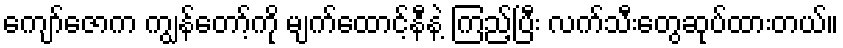
ကျော်ဇောက ကျွန်တော့်ကို မျက်ထောင့်နီနဲ့ ကြည့်ပြီး လက်သီးတွေဆုပ်ထားတယ်။